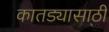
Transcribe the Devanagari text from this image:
कातड्यासाठी